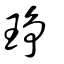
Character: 琤